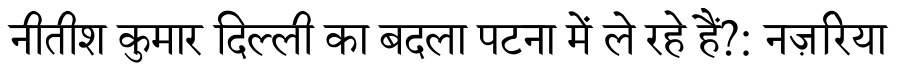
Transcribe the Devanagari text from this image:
नीतीश कुमार दिल्ली का बदला पटना में ले रहे हैं?: नज़रिया